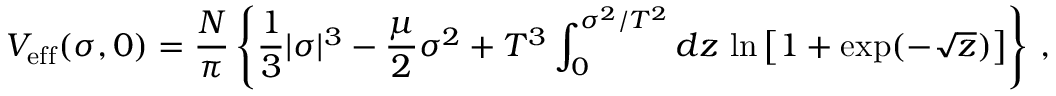
V _ { \mathrm { e f f } } ( \sigma , 0 ) = { \frac { N } { \pi } } \left\{ { \frac { 1 } { 3 } } | \sigma | ^ { 3 } - { \frac { \mu } { 2 } } \sigma ^ { 2 } + { T ^ { 3 } } \int _ { 0 } ^ { \sigma ^ { 2 } / T ^ { 2 } } d z \, \ln \left[ 1 + \exp ( - \sqrt { z } ) \right] \right\} \, ,